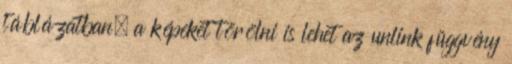
táblázatban. a képeket törölni is lehet az unlink függvény